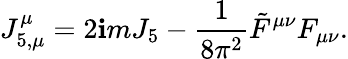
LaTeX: J_{5,\mu}^{\mu}=2\mathbf{i}mJ_{5}-\frac{{1}}{{8\pi^{2}}}\tilde{{F}}^{\mu\nu}F_{\mu\nu}.